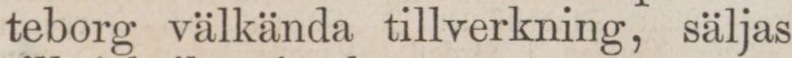
teborg välkända tillverkning, säljas